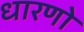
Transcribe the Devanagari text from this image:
धारणो